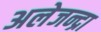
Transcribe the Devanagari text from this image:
अलेजन्द्रा